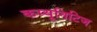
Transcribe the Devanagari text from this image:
कम्यूनिटिज